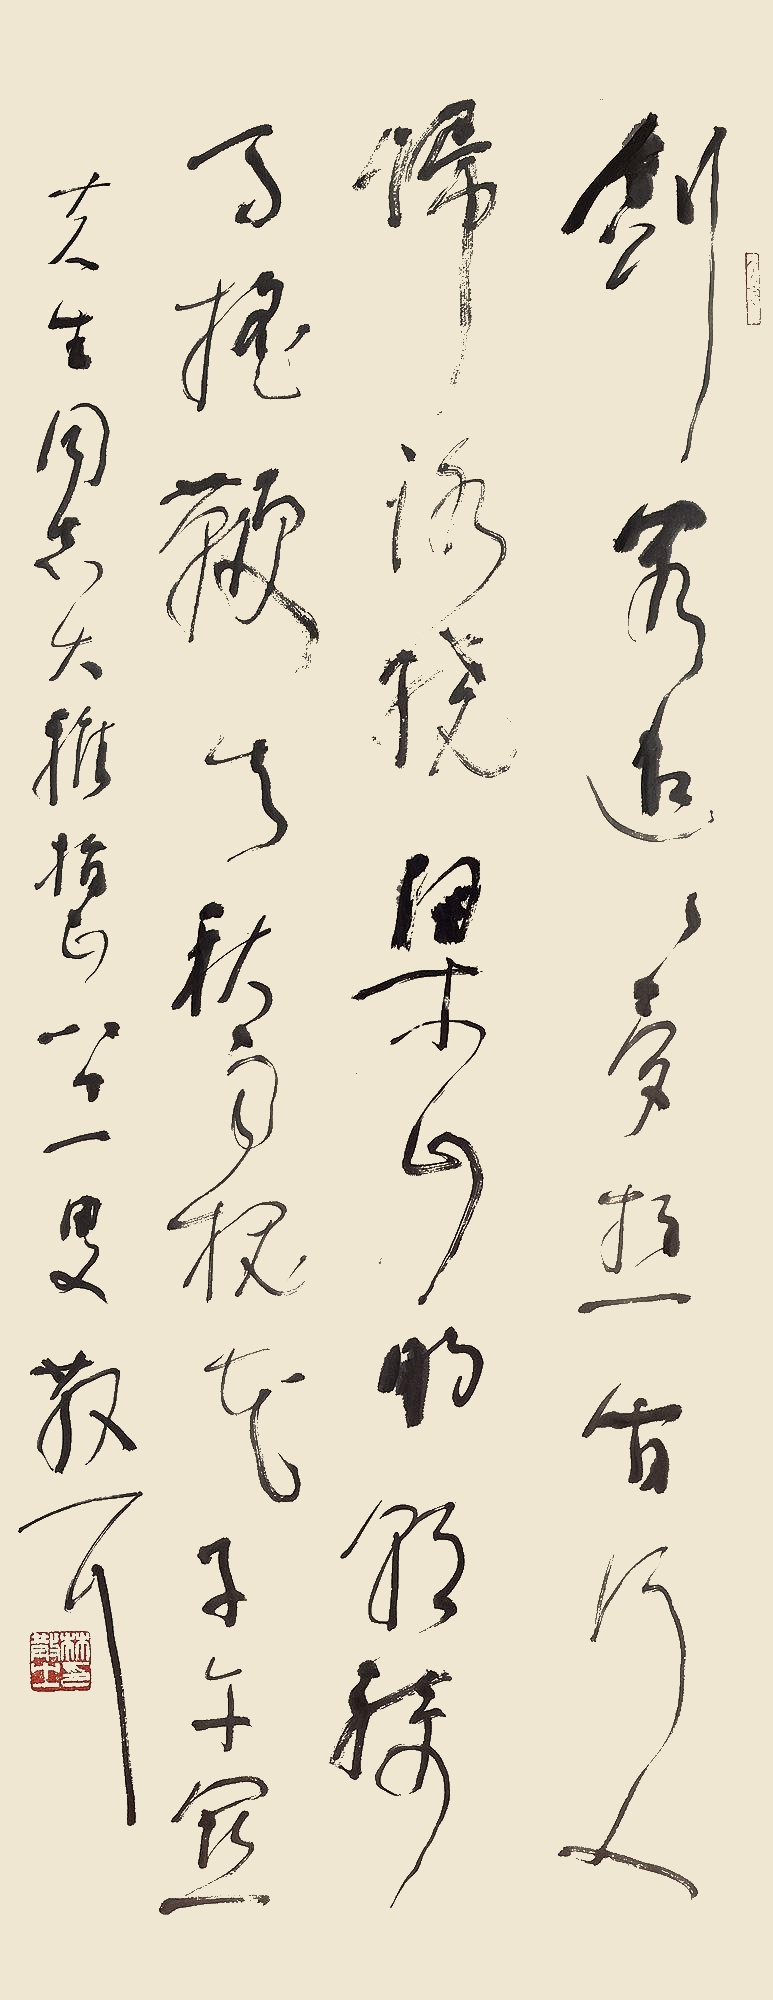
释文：剑阁迢迢梦想间，行人归路绕梁山。明朝骑马摇鞭去，秋雨槐花子午关。夫生同志大雅指正，八十一叟散耳。